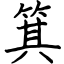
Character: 箕